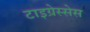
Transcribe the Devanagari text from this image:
टाइग्रेस्सेस